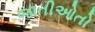
જાતીઓતો